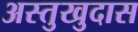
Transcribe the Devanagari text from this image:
अस्तुखुदास